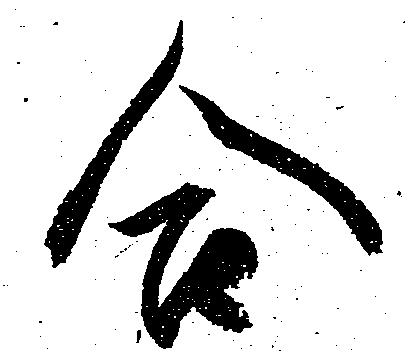
合